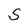
Character: S